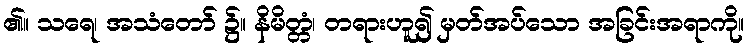
၏။ သရေ၊ အသံတော် ၌။ နိမိတ္တံ၊ တရားဟူ၍ မှတ်အပ်သော အခြင်းအရာကို။